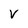
Character: V